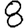
Digit: 8